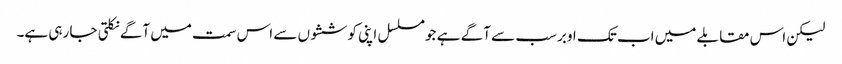
لیکن اس مقابلے میں اب تک اوبر سب سے آگے ہے جو مسلسل اپنی کوششوں سے اس سمت میں آگے نکلتی جا رہی ہے۔